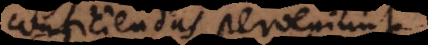
conficiendas perveniunt.